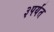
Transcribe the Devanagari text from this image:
३पर्यंत